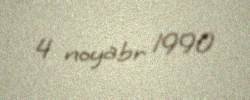
4 noyabr 1990